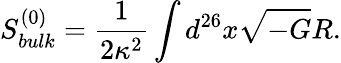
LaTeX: S_{bulk}^{(0)}={\frac{1}{2\kappa^{2}}}\int d^{26}x\sqrt{-G}R.